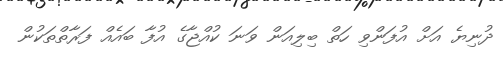
ދުނިޔެ އަށް އުފަންވި ހަތް ބިލިއަން ވަނަ ކުއްޖާގެ އުފާ ބައެއް ފަރާތްތަކުން